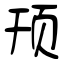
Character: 顸